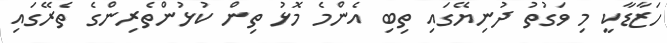
ހަޒާޑާކީ މި ވަގުތު ދުނިޔޭގައި ތިބި އެންމެ މޮޅު ތިން ކުޅުންތެރިންގެ ތެރޭގައި